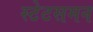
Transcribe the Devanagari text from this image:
स्टेटसमन